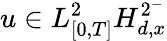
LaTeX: u\in L_{[0,T]}^{2}H_{d,x}^{2^{-}}